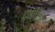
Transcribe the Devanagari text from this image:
द्वीपांचे